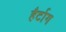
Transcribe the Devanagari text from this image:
हैर्टाग